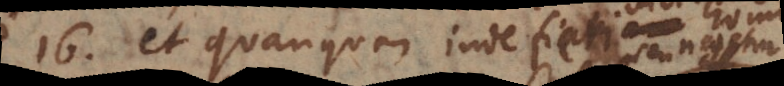
16, et quanquam inde fiat